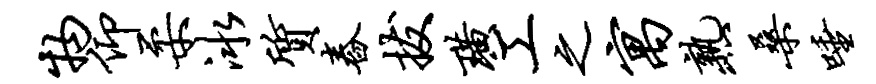
物仰柔冰质舂拔璜工之寓熟桑唾